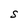
Character: s